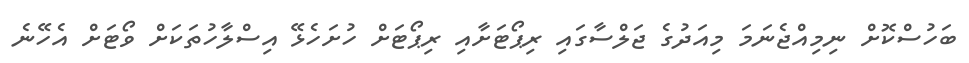
ބަހުސްކޮށް ނިމިއްޖެނަމަ މިއަދުގެ ޖަލްސާގައި ރިޕޯޓަށާއި ރިޕޯޓަށް ހުށަހެޅޭ އިސްލާހުތަކަށް ވޯޓަށް އެހޭނެ